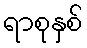
ရာစုနှစ်